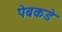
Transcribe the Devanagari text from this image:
पेबकडे